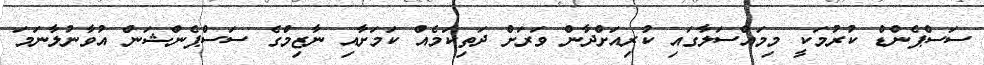
ސަސްޕެންޑް ކުރުމަކީ މިމައްސަލާގައި ކުރިއަށްދާން ވަރަށް ދަތިކަމެއް ކަމަށާއި ނާޒިމްގެ ސަސްޕެންޝަން އުވާނުލާނަމަ